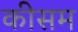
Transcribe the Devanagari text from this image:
कीसम